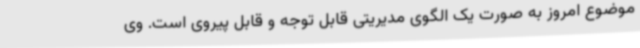
موضوع امروز به صورت یک الگوی مدیریتی قابل توجه و قابل پیروی است. وی